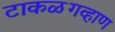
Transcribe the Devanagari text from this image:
टाकळगव्हाण